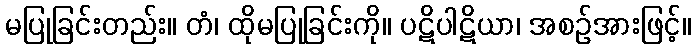
မပြုခြင်းတည်း။ တံ၊ ထိုမပြုခြင်းကို။ ပဋိပါဋိယာ၊ အစဉ်အားဖြင့်။